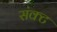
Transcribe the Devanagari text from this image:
संक्ट